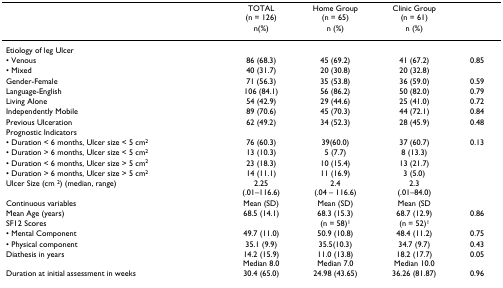
<table><thead><tr><td>[EMPTY_CELL]</td><td><b>TOTAL(n = 126)</b></td><td><b>Home Group(n = 65)</b></td><td><b>Clinic Group(n = 61)</b></td><td>[EMPTY_CELL]</td></tr><tr><td>[EMPTY_CELL]</td><td><b>n(%)</b></td><td><b>n (%)</b></td><td><b>n (%)</b></td><td>[EMPTY_CELL]</td></tr></thead><tbody><tr><td>Etiology of leg Ulcer</td><td>[EMPTY_CELL]</td><td>[EMPTY_CELL]</td><td>[EMPTY_CELL]</td><td>[EMPTY_CELL]</td></tr><tr><td>• Venous</td><td>86 (68.3)</td><td>45 (69.2)</td><td>41 (67.2)</td><td>0.85</td></tr><tr><td>• Mixed</td><td>40 (31.7)</td><td>20 (30.8)</td><td>20 (32.8)</td><td>[EMPTY_CELL]</td></tr><tr><td>Gender-Female</td><td>71 (56.3)</td><td>35 (53.8)</td><td>36 (59.0)</td><td>0.59</td></tr><tr><td>Language-English</td><td>106 (84.1)</td><td>56 (86.2)</td><td>50 (82.0)</td><td>0.79</td></tr><tr><td>Living Alone</td><td>54 (42.9)</td><td>29 (44.6)</td><td>25 (41.0)</td><td>0.72</td></tr><tr><td>Independently Mobile</td><td>89 (70.6)</td><td>45 (70.3)</td><td>44 (72.1)</td><td>0.84</td></tr><tr><td>Previous Ulceration</td><td>62 (49.2)</td><td>34 (52.3)</td><td>28 (45.9)</td><td>0.48</td></tr><tr><td>Prognostic Indicators</td><td>[EMPTY_CELL]</td><td>[EMPTY_CELL]</td><td>[EMPTY_CELL]</td><td>[EMPTY_CELL]</td></tr><tr><td>• Duration &lt; 6 months, Ulcer size &lt; 5 cm<sup>2</sup></td><td>76 (60.3)</td><td>39(60.0)</td><td>37 (60.7)</td><td>0.13</td></tr><tr><td>• Duration &gt; 6 months, Ulcer size &lt; 5 cm<sup>2</sup></td><td>13 (10.3)</td><td>5 (7.7)</td><td>8 (13.3)</td><td>[EMPTY_CELL]</td></tr><tr><td>• Duration &lt; 6 months, Ulcer size &gt; 5 cm<sup>2</sup></td><td>23 (18.3)</td><td>10 (15.4)</td><td>13 (21.7)</td><td>[EMPTY_CELL]</td></tr><tr><td>• Duration &gt; 6 months, Ulcer size &gt; 5 cm<sup>2</sup></td><td>14 (11.1)</td><td>11 (16.9)</td><td>3 (5.0)</td><td>[EMPTY_CELL]</td></tr><tr><td>Ulcer Size (cm <sup>2</sup>) (median, range)</td><td>2.25(.01–116.6)</td><td>2.4(.04 – 116.6)</td><td>2.3(.01–84.0)</td><td>[EMPTY_CELL]</td></tr><tr><td>Continuous variables</td><td>Mean (SD)</td><td>Mean (SD)</td><td>Mean (SD</td><td>[EMPTY_CELL]</td></tr><tr><td>Mean Age (years)</td><td>68.5 (14.1)</td><td>68.3 (15.3)</td><td>68.7 (12.9)</td><td>0.86</td></tr><tr><td>SF12 Scores</td><td>[EMPTY_CELL]</td><td>(n = 58)<sup>1</sup></td><td>(n = 52)<sup>1</sup></td><td>[EMPTY_CELL]</td></tr><tr><td>• Mental Component</td><td>49.7 (11.0)</td><td>50.9 (10.8)</td><td>48.4 (11.2)</td><td>0.75</td></tr><tr><td>• Physical component</td><td>35.1 (9.9)</td><td>35.5(10.3)</td><td>34.7 (9.7)</td><td>0.43</td></tr><tr><td>Diathesis in years</td><td>14.2 (15.9)Median 8.0</td><td>11.0 (13.8)Median 7.0</td><td>18.2 (17.7)Median 10.0</td><td>0.05</td></tr><tr><td>Duration at initial assessment in weeks</td><td>30.4 (65.0)</td><td>24.98 (43.65)</td><td>36.26 (81.87)</td><td>0.96</td></tr></tbody></table>